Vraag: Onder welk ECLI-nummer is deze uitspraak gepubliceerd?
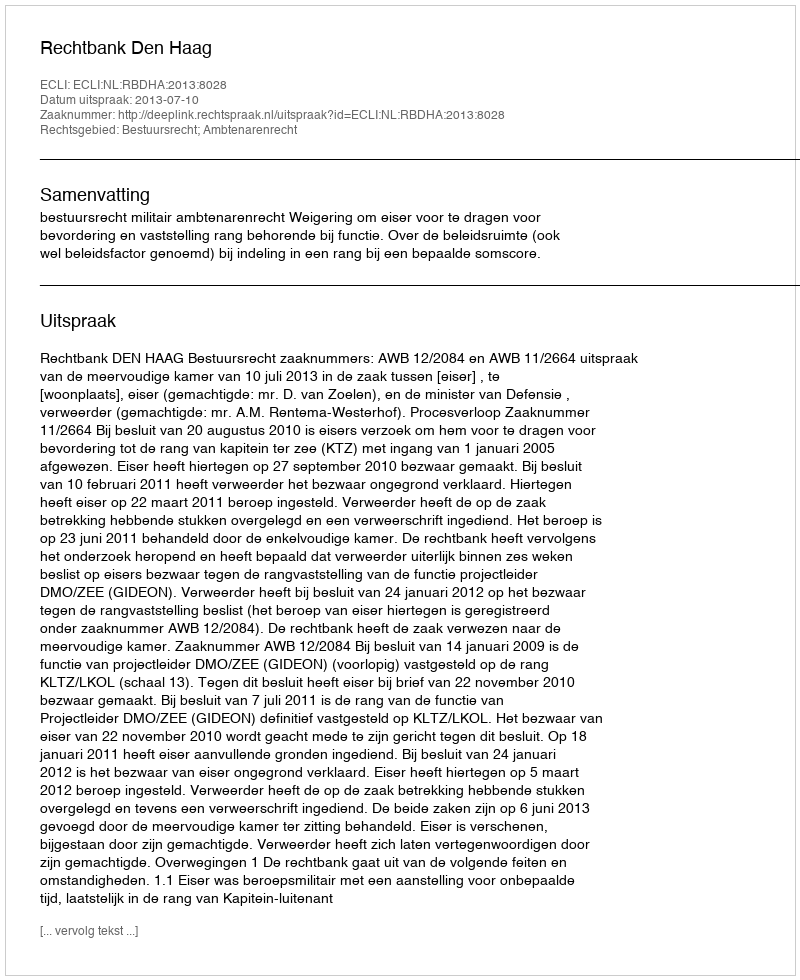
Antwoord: ECLI:NL:RBDHA:2013:8028